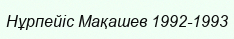
Нұрпейіс Мақашев 1992-1993